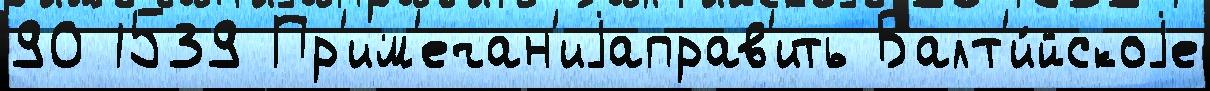
90 1539 Пр'им'ечан'иjаправ'ить Балт'и́йскоjе